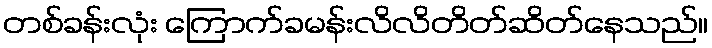
တစ်ခန်းလုံး ကြောက်ခမန်းလိလိတိတ်ဆိတ်နေသည်။